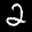
Label: 2